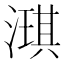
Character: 𬈲